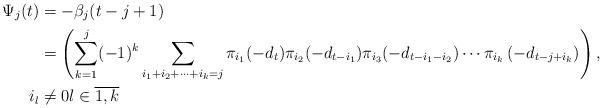
LaTeX: \begin{align*}\Psi _{j}(t)& =-\beta _{j}(t-j+1) \\& =\left( \sum_{k=1}^{j}(-1)^{k}\sum_{i_{1}+i_{2}+\cdots +i_{k}=j}\pi_{i_{1}}(-d_{t})\pi _{i_{2}}(-d_{t-i_{1}})\pi_{i_{3}}(-d_{t-i_{1}-i_{2}})\cdots \pi _{i_{k}}\left( -d_{t-j+i_{k}}\right)\right) , \\i_{l}& \neq 0l\in \overline{1,k} \end{align*}